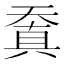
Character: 𠔬